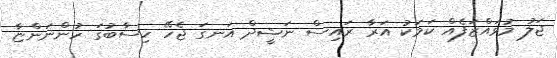
ޖަލު މުވައްޒަފެއް ކަމަކު އަރާ ރައިސް ނަޝީދް އަނގަ ޖެހޭ ހިސާބުގަ ހުންނަންޏާ